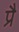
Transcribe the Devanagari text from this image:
प्रै